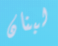
لبنان